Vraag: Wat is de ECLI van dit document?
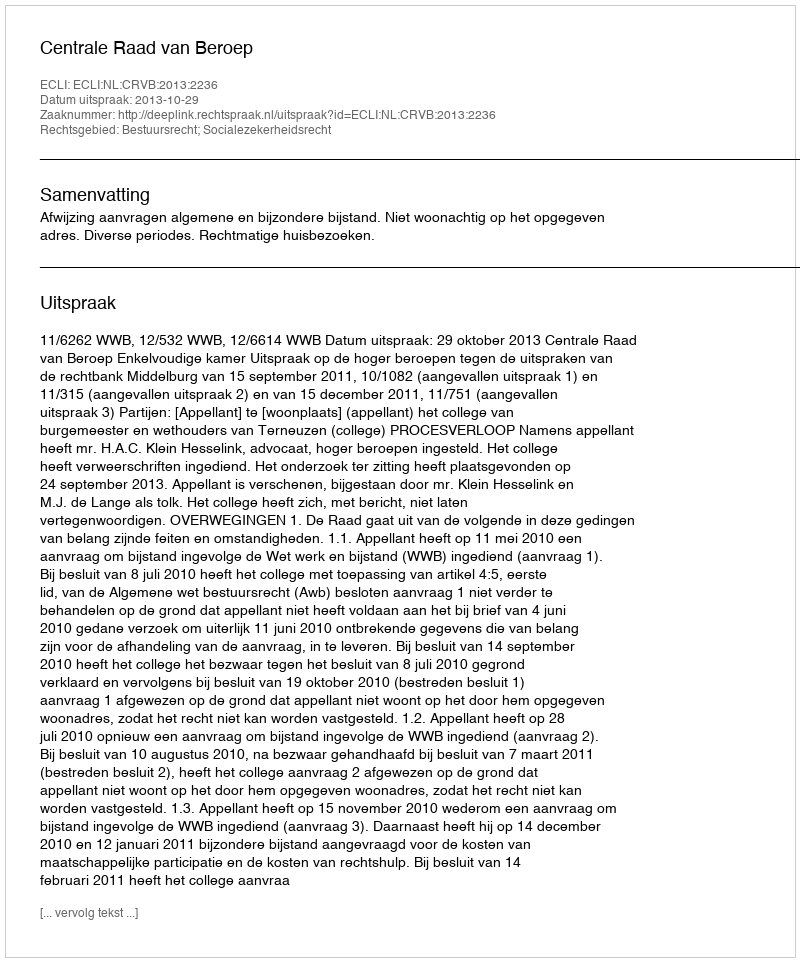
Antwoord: ECLI:NL:CRVB:2013:2236